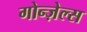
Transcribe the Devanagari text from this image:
गोन्ज़ेल्स